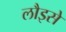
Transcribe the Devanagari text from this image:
लौइसे